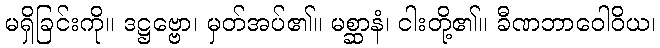
မရှိခြင်းကို။ ဒဋ္ဌဗ္ဗော၊ မှတ်အပ်၏။ မစ္ဆာနံ၊ ငါးတို့၏။ ခီဏဘာဝေါဝိယ၊